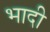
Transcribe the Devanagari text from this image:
भादी